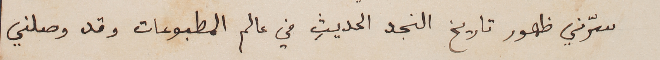
سرّني ظهور تاريخ النجد الحديثِ في عالم المطبوعات وقد وصلني